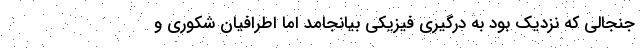
جنجالی که نزدیک بود به درگیری فیزیکی بیانجامد اما اطرافیان شکوری و